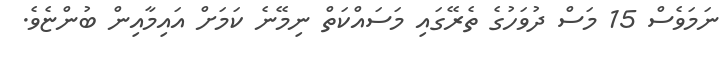
ނަމަވެސް 15 މަސް ދުވަހުގެ ތެރޭގައި މަސައްކަތް ނިމޭނެ ކަމަށް އައިމާއިން ބުންޏެވެ.